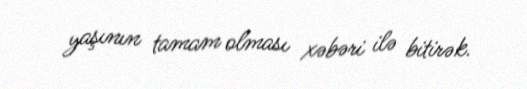
yaşının tamam olması xəbəri ilə bitirək.